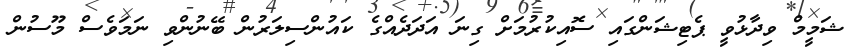
ޝަމީމް ވިދާޅުވީ ޕެޓިޝަންގައި ސޮއިކުރުމަށް ގިނަ އަދަދެއްގެ ކައުންސިލަރުން ބޭނުންވި ނަމަވެސް މޫސުން